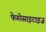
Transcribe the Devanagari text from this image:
फेगोसाइटाइज़